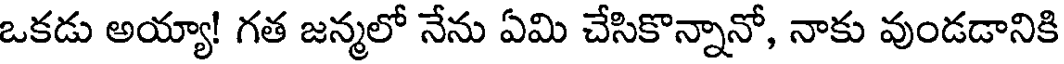
ఒకడు అయ్యా! గత జన్మలో నేను ఏమి చేసికొన్నానో, నాకు వుండడానికి